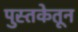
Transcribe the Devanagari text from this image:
पुस्तकेतून